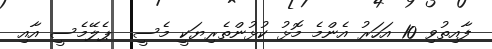
ފާއިތުވި 10 އަހަރު އެންމެ މޮޅު ކުޅުންތެރިޔަކީ މެސީ  ޕެލޭމެސީ އާއި